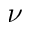
\nu